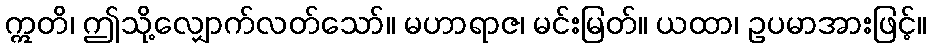
ဣတိ၊ ဤသို့လျှောက်လတ်သော်။ မဟာရာဇ၊ မင်းမြတ်။ ယထာ၊ ဥပမာအားဖြင့်။